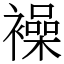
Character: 襙